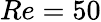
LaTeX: Re=50